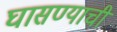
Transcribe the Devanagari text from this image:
घासण्याची